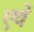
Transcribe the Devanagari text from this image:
एवें